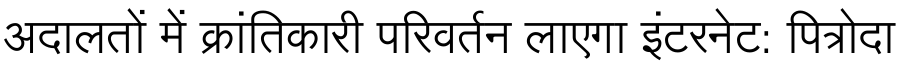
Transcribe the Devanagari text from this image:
अदालतों में क्रांतिकारी परिवर्तन लाएगा इंटरनेट: पित्रोदा